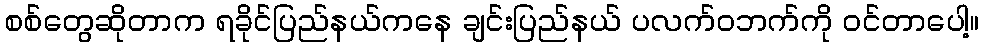
စစ်တွေဆိုတာက ရခိုင်ပြည်နယ်ကနေ ချင်းပြည်နယ် ပလက်၀ဘက်ကို ဝင်တာပေါ့။